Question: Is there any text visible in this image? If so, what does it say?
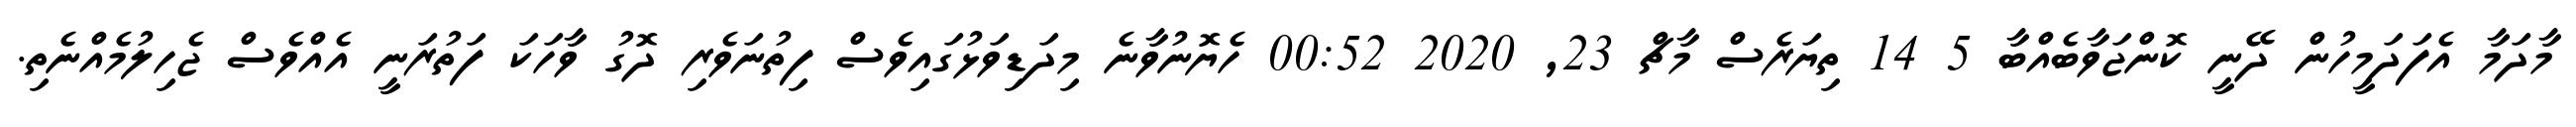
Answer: މާދަމާ އެފަދަމީހުން ދޭނީ ކޮންޖަވާބެއްބާ 5 14 ތިޔަރެސް މާޗް 23, 2020 00:52 ހެޔޮނުވާނެ މިދަޑިވަޅުގައިވެސް ފިތުނަވެރި ދޮގު ވާހަކަ ފަތުރަނީ އެއްވެސް ޖެހިލުމެއްނެތި.